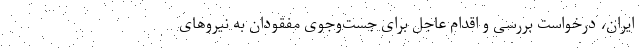
ایران، درخواست بررسی و اقدام عاجل برای جست‌وجوی مفقودان به نیروهای